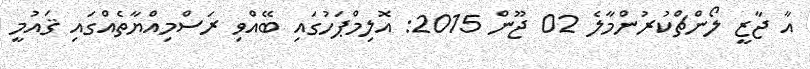
އާ ޖާޒީ ލޯންޗްކުރުންމާލެ 02 ޖޫން 2015: އޮލިމްޕަހުގައި ބޭއްވި ރަސްމިއްޔާތެއްގައި ޤައުމީ